Rangoon Lunatic Asylum 1878-1892 - 1878-1892
Year: 1878
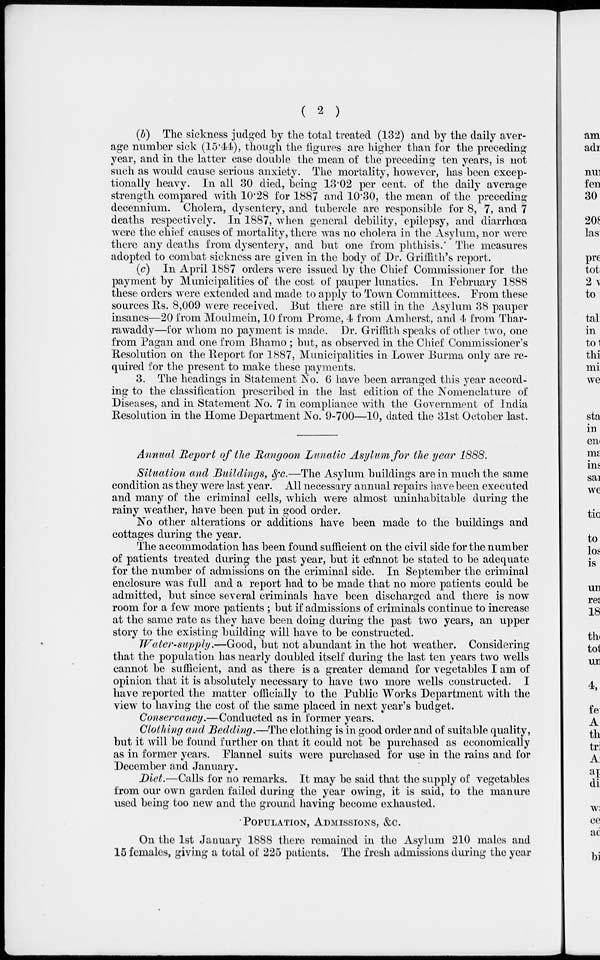
( 2 )
(b) The sickness judged by the total treated (132) and by the daily aver-
age number sick (15.44), though the figures are higher than for the preceding
year, and in the latter case double the mean of the preceding ten years, is not
such as would cause serious anxiety. The mortality, however, has been excep-
tionally heavy. In all 30 died, being 13.02 per cent. of the daily average
strength compared with 10.28 for 1887 and 10.30, the mean of the preceding
decennium. Cholera, dysentery, and tubercle are responsible for 8, 7, and 7
deaths respectively. In 1887, when general debility, epilepsy, and diarrhœa
were the chief causes of mortality, there was no cholera in the Asylum, nor were
there any deaths from dysentery, and but one from phthisis. The measures
adopted to combat sickness are given in the body of Dr. Griffith's report.
(c) In April 1887 orders were issued by the Chief Commissioner for the
payment by Municipalities of the cost of pauper lunatics. In February 1888
these orders were extended and made to apply to Town Committees. From these
sources Rs. 8,009 were received. But there are still in the Asylum 38 pauper
insanes—20 from Moulmein, 10 from Prome, 4 from Amherst, and 4 from Thar-
rawaddy—for whom no payment is made. Dr. Griffith speaks of other two, one
from Pagan and one from Bhamo ; but, as observed in the Chief Commissioner's
Resolution on the Report for 1887, Municipalities in Lower Burma only are re-
quired for the present to make these payments.
3. The headings in Statement No. 6 have been arranged this year accord-
ing to the classification prescribed in the last edition of the Nomenclature of
Diseases, and in Statement No. 7 in compliance with the Government of India
Resolution in the Home Department No. 9-700—10, dated the 31st October last.
Annual Report of the Rangoon Lunatic Asylum for the year 1888.
Situation and Buildings, &c.—The Asylum buildings are in much the same
condition as they were last year. All necessary annual repairs have been executed
and many of the criminal cells, which were almost uninhabitable during the
rainy weather, have been put in good order.
No other alterations or additions have been made to the buildings and
cottages during the year.
The accommodation has been found sufficient on the civil side for the number
of patients treated during the past year, but it cannot be stated to be adequate
for the number of admissions on the criminal side. In September the criminal
enclosure was full and a report had to be made that no more patients could be
admitted, but since several criminals have been discharged and there is now
room for a few more patients ; but if admissions of criminals continue to increase
at the same rate as they have been doing during the past two years, an upper
story to the existing building will have to be constructed.
Water-supply.—Good, but not abundant in the hot weather. Considering
that the population has nearly doubled itself during the last ten years two wells
cannot be sufficient, and as there is a greater demand for vegetables I am of
opinion that it is absolutely necessary to have two more wells constructed. I
have reported the matter officially to the Public Works Department with the
view to having the cost of the same placed in next year's budget.
Conservancy.—Conducted as in former years.
Clothing and Bedding.—The clothing is in good order and of suitable quality,
but it will be found further on that it could not be purchased as economically
as in former years. Flannel suits were purchased for use in the rains and for
December and January.
Diet.—Calls for no remarks. It may be said that the supply of vegetables
from our own garden failed during the year owing, it is said, to the manure
used being too new and the ground having become exhausted.
POPULATION, ADMISSIONS, &c.
On the 1st January 1888 there remained in the Asylum 210 males and
15 females, giving a total of 225 patients. The fresh admissions during the year